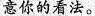
意你的看法.